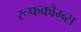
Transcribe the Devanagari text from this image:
रूफकौम्ब्स